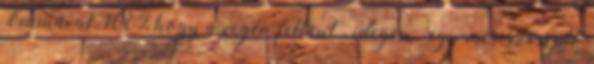
Emmával. 100% hogy a végén feltűnt “idegen” egy meseszereplő